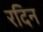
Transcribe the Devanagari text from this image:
रदिन